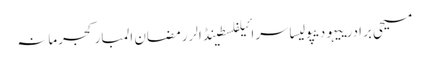
مسیحی برادرییہودیپولیساسرائیلفلسطینڈالررمضان المبارکجرمانہ